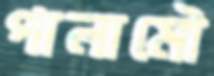
পালামৌ